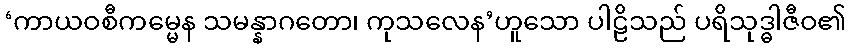
‘ကာယဝစီကမ္မေန သမန္နာဂတော၊ ကုသလေန’ဟူသော ပါဠိသည် ပရိသုဒ္ဓါဇီဝ၏